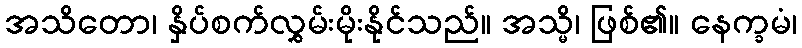
အသိတော၊ နှိပ်စက်လွှမ်းမိုးနိုင်သည်။ အသ္မိ၊ ဖြစ်၏။ နေက္ခမံ၊